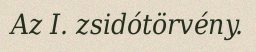
Az I. zsidótörvény.